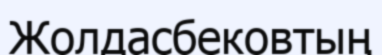
Жолдасбековтың